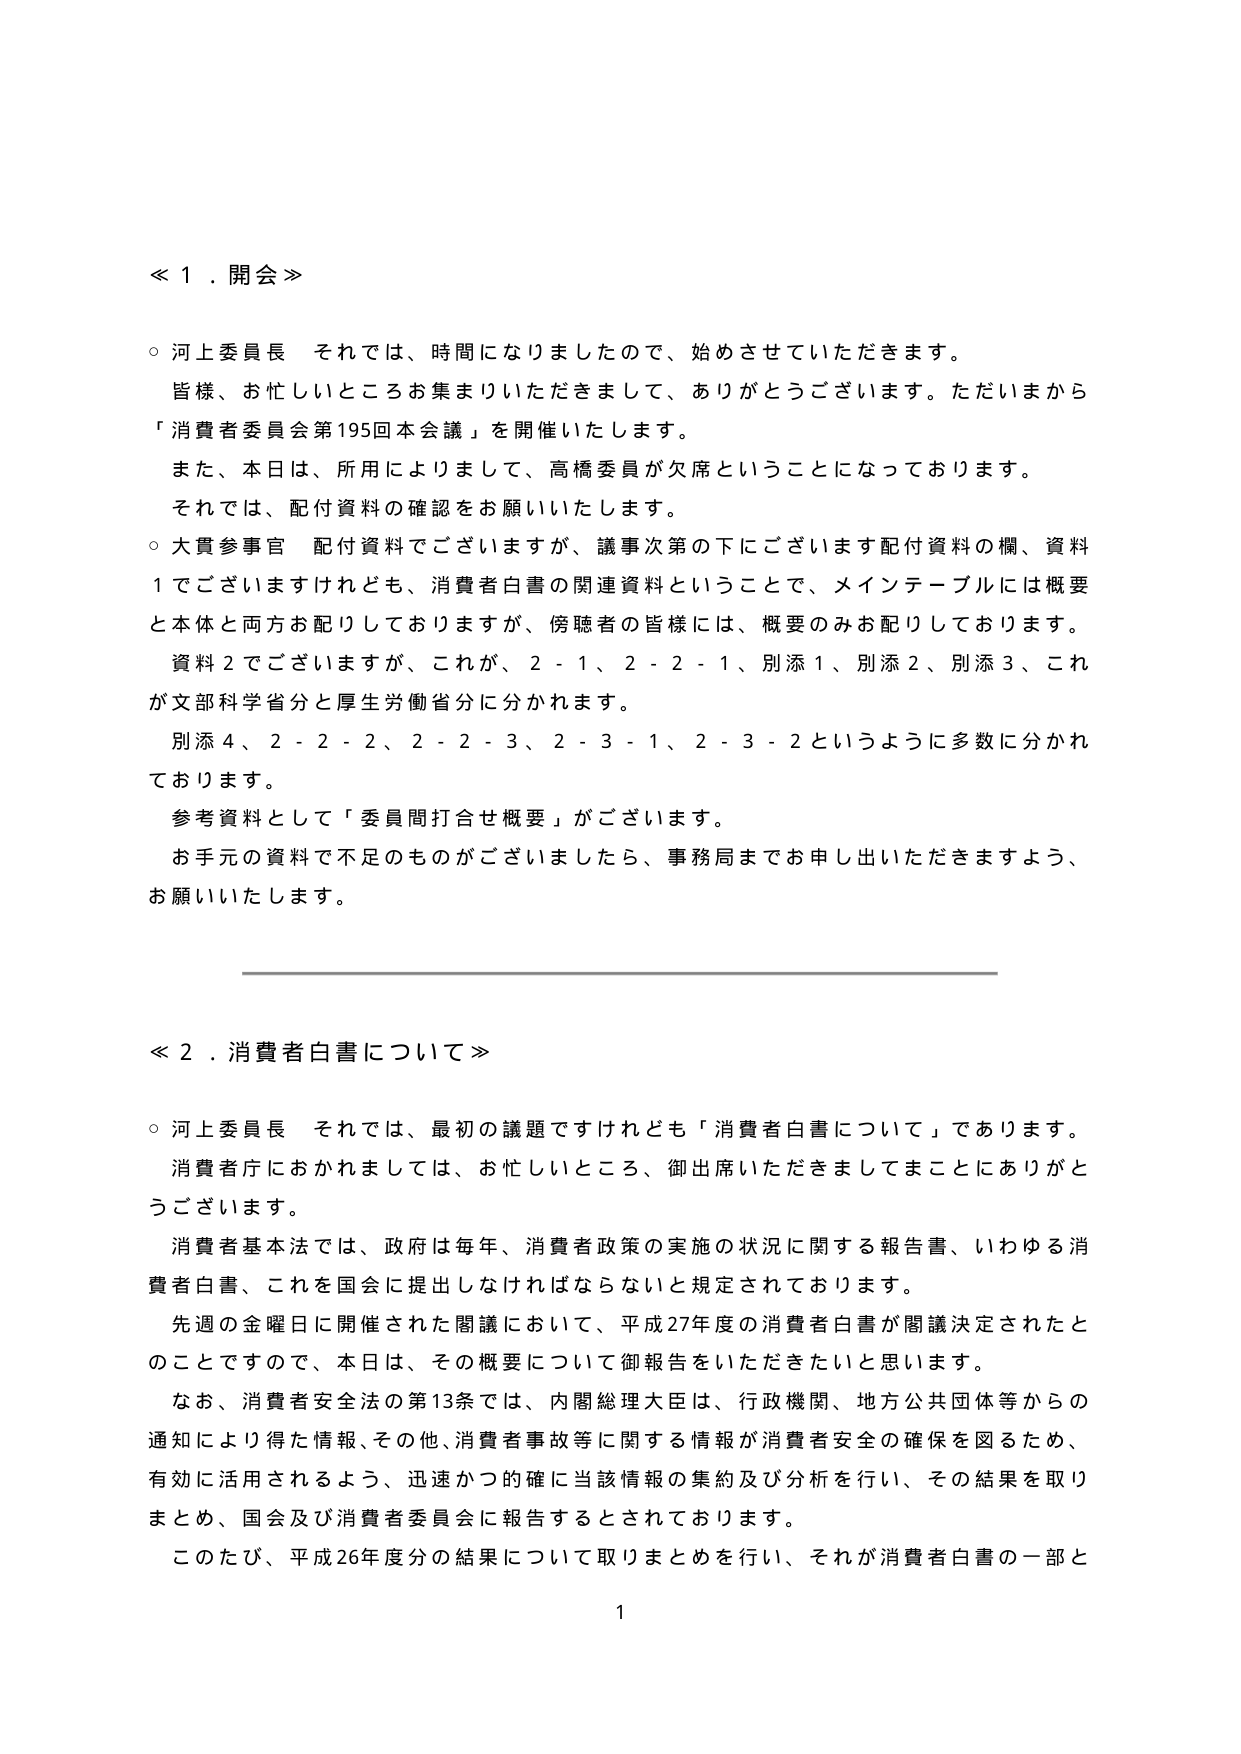
≪１．開会≫

○ 河上委員長　それでは、時間になりましたので、始めさせていただきます。
　皆様、お忙しいところお集まりいただきまして、ありがとうございます。ただいまから
「消費者委員会第195回本会議」を開催いたします。
　また、本日は、所用によりまして、高橋委員が欠席ということになっております。
　それでは、配付資料の確認をお願いいたします。

○ 大貫参事官　配付資料でございますが、議事次第の下にございます配付資料の欄、資料
１でございますけれども、消費者白書の関連資料ということで、メインテーブルには概要
と本体と両方お配りしておりますが、傍聴者の皆様には、概要のみお配りしております。
　資料２でございますが、これが、２－１、２－２－１、別添１、別添２、別添３、これ
が文部科学省分と厚生労働省分に分かれます。
　別添４、２－２－２、２－２－３、２－３－１、２－３－２というように多数に分かれ
ております。
　参考資料として「委員間打合せ概要」がございます。
　お手元の資料で不足のものがございましたら、事務局までお申し出いただきますよう、
お願いいたします。

≪２．消費者白書について≫

○ 河上委員長　それでは、最初の議題ですけれども「消費者白書について」であります。
　消費者庁におかれましては、お忙しいところ、御出席いただきましてまことにありがと
うございます。
　消費者基本法では、政府は毎年、消費者政策の実施の状況に関する報告書、いわゆる消
費者白書、これを国会に提出しなければならないと規定されております。
　先週の金曜日に開催された閣議において、平成27年度の消費者白書が閣議決定されたと
のことですので、本日は、その概要について御報告をいただきたいと思います。
　なお、消費者安全法の第13条では、内閣総理大臣は、行政機関、地方公共団体等からの
通知により得た情報、その他、消費者事故等に関する情報が消費者安全の確保を図るため、
有効に活用されるよう、迅速かつ的確に当該情報の集約及び分析を行い、その結果を取り
まとめ、国会及び消費者委員会に報告するとされております。
　このたび、平成26年度分の結果について取りまとめを行い、それが消費者白書の一部と

1